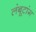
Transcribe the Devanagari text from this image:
लंबूटांग